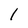
Character: l